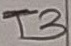
Text: T3